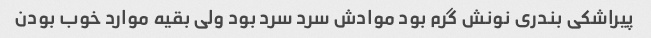
پیراشکی بندری نونش گرم‌ بود موادش سرد سرد بود ولی بقیه موارد خوب بودن